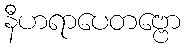
နီဟရာပေတဗ္ဗော